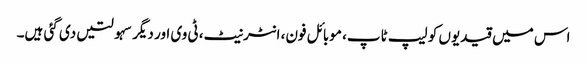
اس میں قیدیوں کو لیپ ٹاپ، موبائل فون، انٹرنیٹ، ٹی وی اور دیگر سہولتیں دی گئی ہیں۔